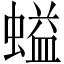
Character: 螠